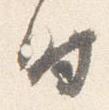
時